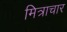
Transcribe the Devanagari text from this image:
मित्राचार